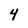
Character: 4